Report on vaccination in Madras 1922-1929 - 1922-1929
Year: 1922
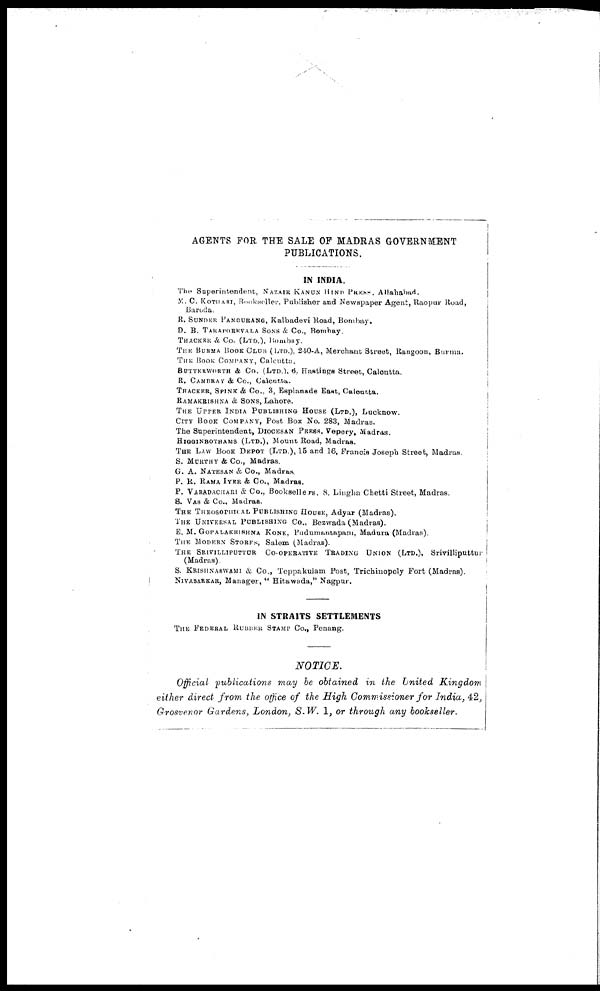
AGENTS FOR THE SALE OF MADRAS GOVERNMENT
PUBLICATIONS.
IN INDIA.
The Superintendent, NAZAIR KANUN HIND PRESS. Allahabad.
M. C. KOTHARI, Bookseller, Publisher and Newspaper Agent, Raopur Road,
Baroda.
R. SUNDER PANDURANG, Kalbadevi Road, Bombay.
D. B. TARAPOREVALA SONS & Co., Bombay.
THACKER & Co. (LTD.), Bombay.
THE BURMA BOOK CLUB (LTD.), 240-A, Merchant Street, Rangoon, Burma.
THE BOOK COMPANY, Calcutta.
BUTTERWORTH & Co. (LTD.), 6, Hastings Street, Calcutta.
R. CAMBRAY & Co., Calcutta.
THACKER, SPINK & Co., 3, Esplanade East, Calcutta.
RAMAKRISHNA & SONS, Lahore.
THE UPPER INDIA PUBLISHING HOUSE (LTD.), Lucknow.
CITY BOOK COMPANY, Post Box No. 283, Madras.
The Superintendent, DIOCESAN PRESS, Vepery, Madras.
HIGGINBOTHAMS (LTD.), Mount Road, Madras.
THE LAW BOOK DEPOT (LTD.), 15 and 16, Francis Joseph Street, Madras.
S. MURTHY & Co., Madras.
G. A. NATESAN & Co., Madras.
P. R. RAMA IYER & Co., Madras.
P. VARADACHARI & Co., Booksellers, 8, Lingha Chetti Street, Madras.
S. VAS & Co., Madras.
THE THEOSOPHICAL PUBLISHING HOUSE, Adyar (Madras).
THE UNIVERSAL PUBLISHING Co., Bezwada (Madras).
E. M. GOPALAKRISHNA KONE, Pudumantapam, Madura (Madras).
THE MODERN STORES, Salem (Madras).
THE SRIVILLIPUTTUR CO-OPERATIVE TRADING UNION (LTD.), Srivilliputtur
(Madras).
S. KRISHNASWAMI & Co., Teppakulam Post, Trichinopoly Fort (Madras).
NIVASARKAR, Manager, " Hitawada," Nagpur.
IN STRAITS SETTLEMENTS
THE FEDERAL RUBBER STAMP Co., Penang.
NOTICE.
Official publications may be obtained in the United Kingdom
either direct from the office of the High Commissioner for India, 42,
Grosvenor Gardens, London, S.W. 1, or through any bookseller.